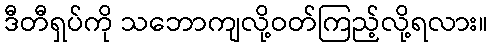
ဒီတီရှပ်ကို သဘောကျလို့ဝတ်ကြည့်လို့ရလား။